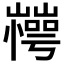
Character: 𰎽